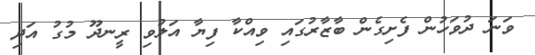
ވަނަ ދުވަހުން ފެށިގެން ބާޒާރުގައި ވިއްކާ ފިޔާ އަލުވި ރީނދޫ މުގު އަދި